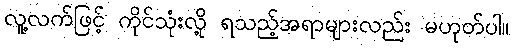
လူ့လက်ဖြင့် ကိုင်သုံးလို့ ရသည့်အရာများလည်း မဟုတ်ပါ။